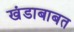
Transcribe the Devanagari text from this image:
खंडाबाबत